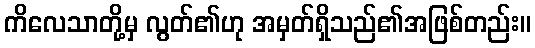
ကိလေသာတို့မှ လွတ်၏ဟု အမှတ်ရှိသည်၏အဖြစ်တည်း။